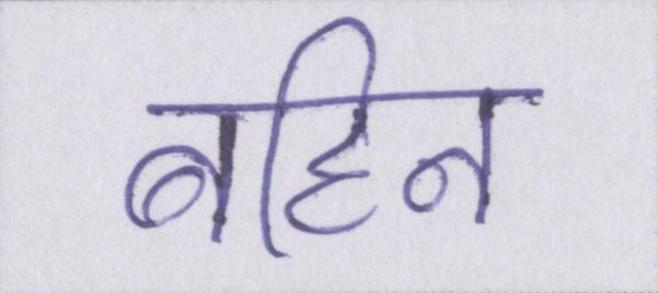
बहिन